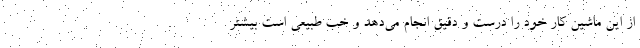
از این ماشین کار خود را درست و دقیق انجام می‌دهد و خب طبیعی است بیشتر